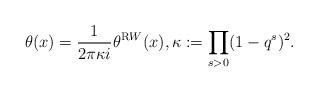
LaTeX: \begin{align*}\theta(x)=\frac{1}{2\pi \kappa i}\theta^{\text RW}(x), \kappa:=\prod_{s>0}(1-q^s)^2. \end{align*}